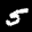
Label: 5